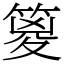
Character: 䈦